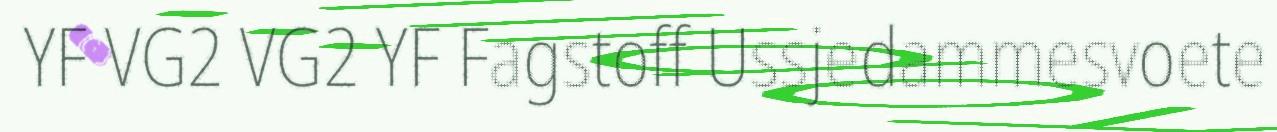
YF VG2 VG2 YF Fagstoff Ussjedammesvoete